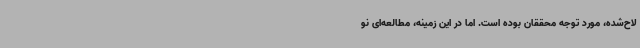
لاح‌شده، مورد توجه محققان بوده است. اما در این زمینه، مطالعه‌ای نو